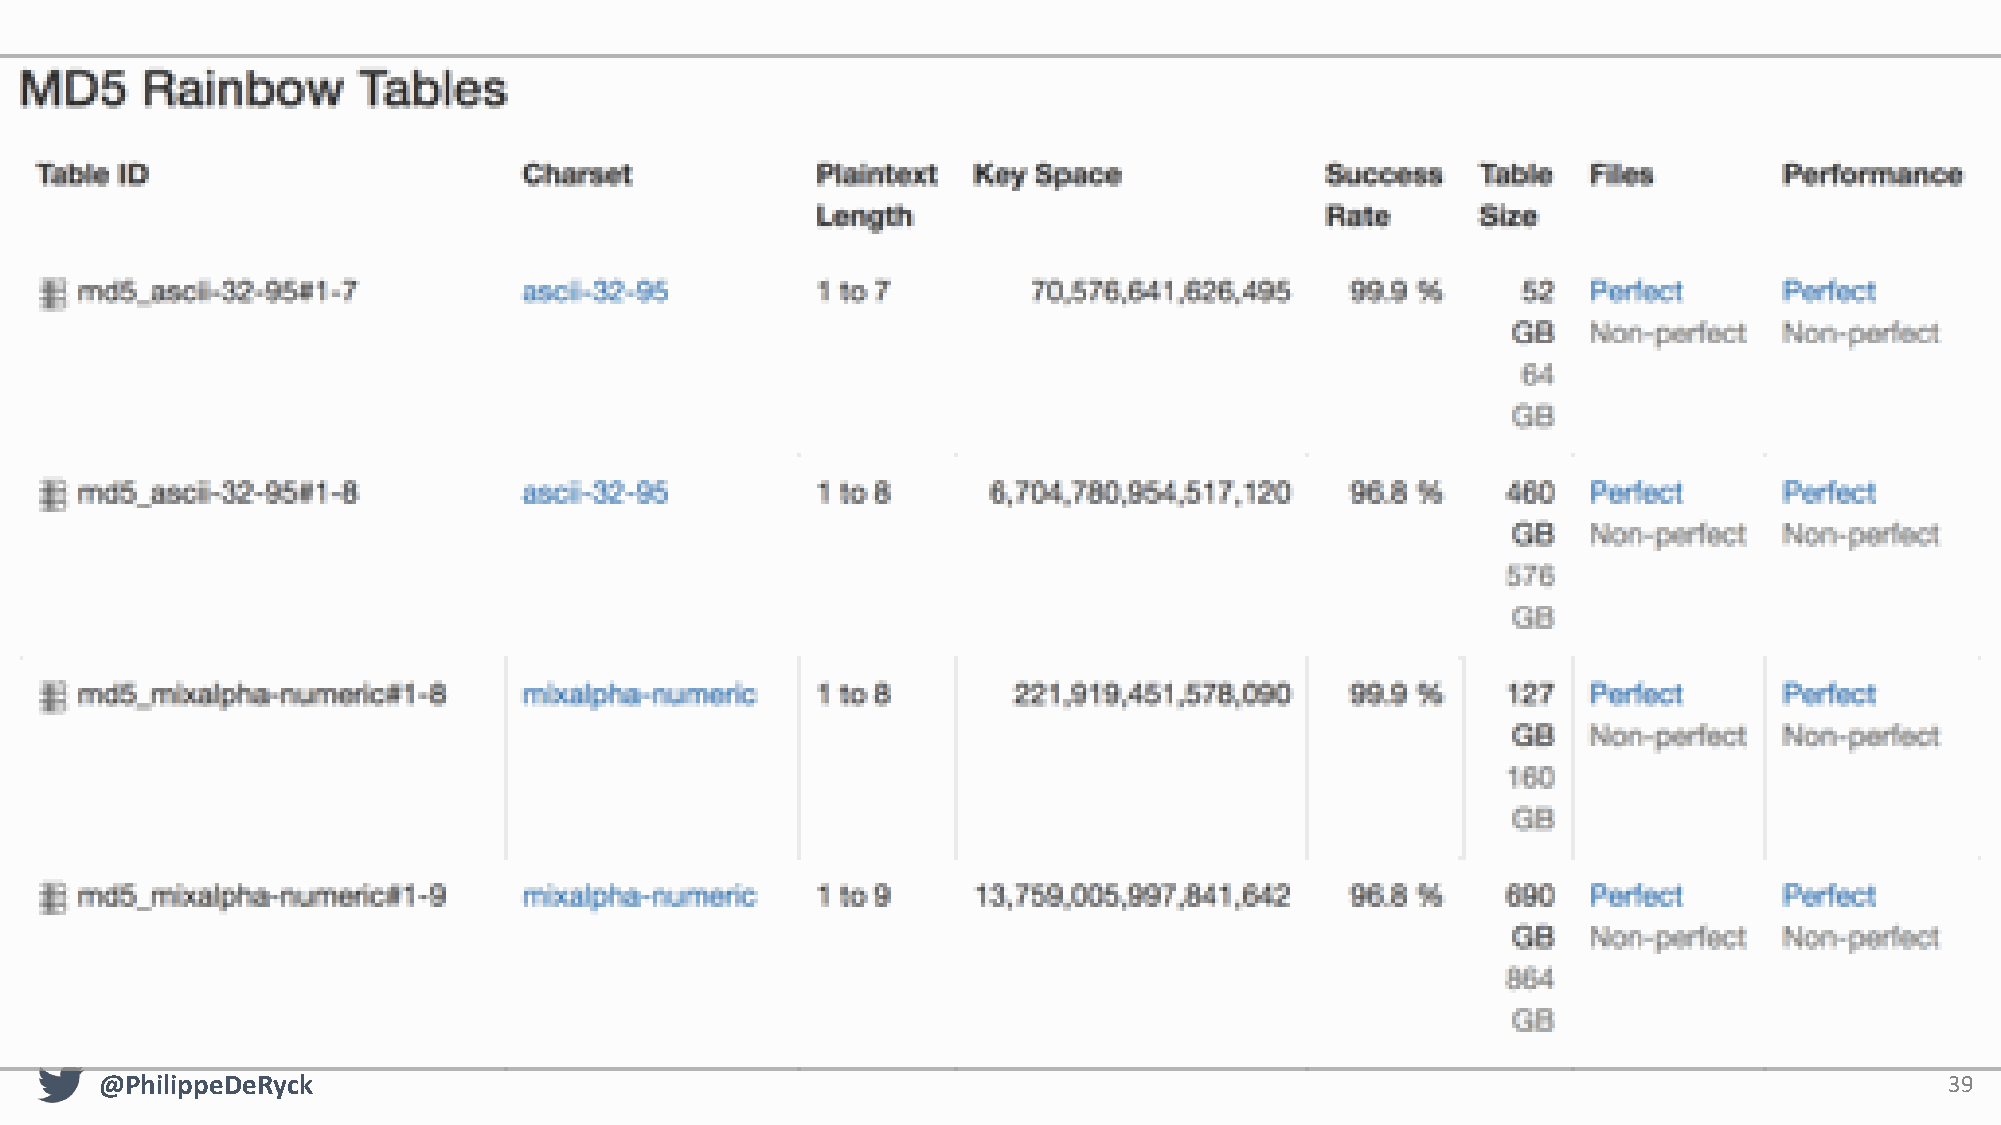
@PhilippeDeRyck                                                                                                           39